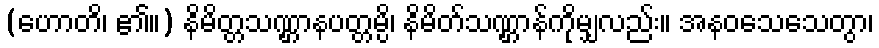
(ဟောတိ၊ ၏။) နိမိတ္တသဏ္ဌာနပတ္တမ္ပိ၊ နိမိတ်သဏ္ဌာန်ကိုမျှလည်း။ အနဝသေသေတွာ၊